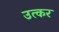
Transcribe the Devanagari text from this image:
उत्कर